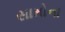
સામોના